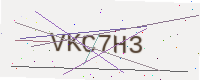
Text: VKC7H3